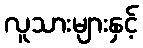
လူသားများနှင့်